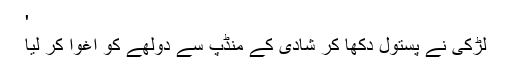
'
لڑکی نے پستول دکھا کر شادی کے منڈپ سے دولھے کو اغوا کر لیا